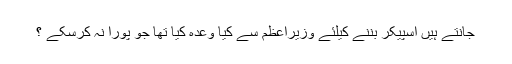
جانتے ہیں اسپیکر بننے کیلئے وزیراعظم سے کیا وعدہ کیا تھا جو پورا نہ کرسکے ؟